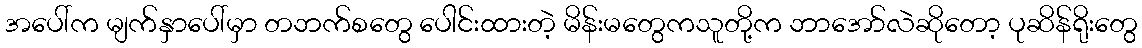
အပေါ်က မျက်နှာပေါ်မှာ တဘက်စတွေ ပေါင်းထားတဲ့ မိန်းမတွေကသူတို့က ဘာအော်လဲဆိုတော့ ပုဆိန်ရိုးတွေ